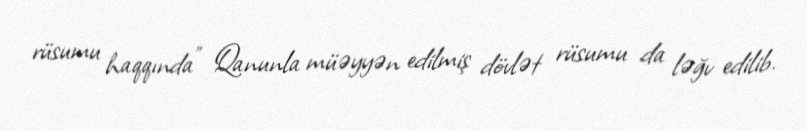
rüsumu haqqında” Qanunla müəyyən edilmiş dövlət rüsumu da ləğv edilib.